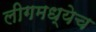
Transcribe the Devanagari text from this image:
लीगमध्येच